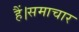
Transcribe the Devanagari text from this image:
हैं।समाचार